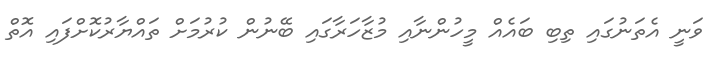
ވަނީ އެތަނުގައި ތިބި ބައެއް މީހުންނާއި މުޒާހަރާގައި ބޭނުން ކުރުމަށް ތައްޔާރުކޮށްފައި އޮތް